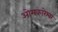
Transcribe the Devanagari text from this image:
ओमकारेश्वर